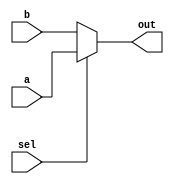
module mux_assign(
    input wire sel,
    input wire a,
    input wire b,
    output wire out
);

    assign out = sel ? a : b;

endmodule